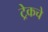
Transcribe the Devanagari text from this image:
ट्रेकचे